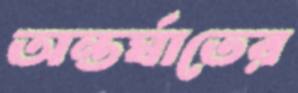
অন্তর্ঘাতের